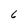
Character: 6